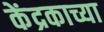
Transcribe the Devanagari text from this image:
केंद्रकाच्या